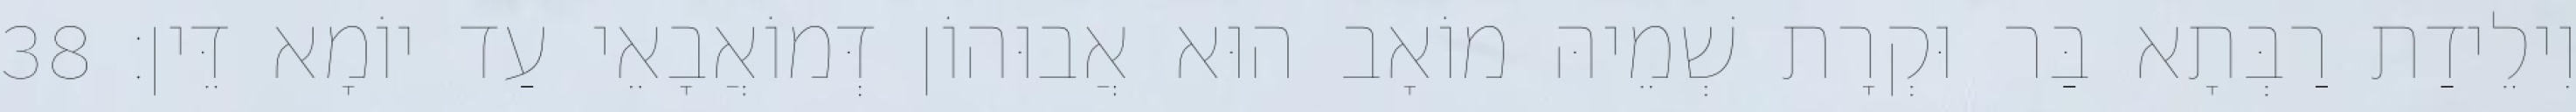
וִילֵידַת רַבְּתָא בַּר וּקְרָת שְׁמֵיהּ מוֹאָב הוּא אֲבוּהוֹן דְּמוֹאֲבָאֵי עַד יוֹמָא דֵּין׃ 38